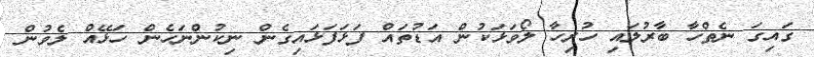
ގައިގަ ނެތްހާ ބާރުލައި ހުރިހާ ލޯވަޅަކުން އަޑުތައް ފަޅަފަޅައިގެން ނިކުންނަހެން ހަޅޭއް ލެވުން